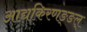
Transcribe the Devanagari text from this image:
आद्यकिरणङ्ङल्